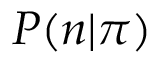
P ( { \boldsymbol n } | { \boldsymbol \pi } )